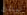
ليلتان